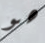
هو